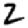
Digit: 2